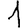
Digit: 1